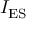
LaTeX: I _ { \mathrm { E S } }